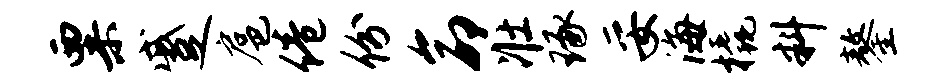
粟蹙扈倦份命壮琢妥海橇料鏊